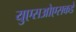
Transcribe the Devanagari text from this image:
युएसओएसकडे